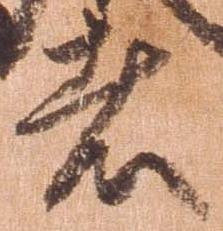
者